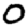
Digit: 0